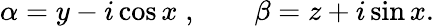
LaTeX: \alpha=y-i\cos x\; ,\qquad\beta=z+i\sin x.